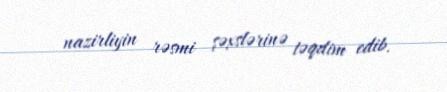
nazirliyin rəsmi şəxslərinə təqdim edib.